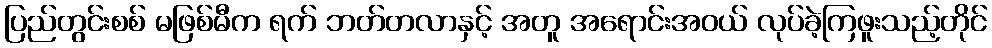
ပြည်တွင်းစစ် မဖြစ်မီက ရက် ဘတ်တလာနှင့် အတူ အရောင်းအဝယ် လုပ်ခဲ့ကြဖူးသည့်တိုင်